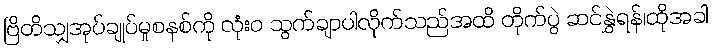
ဗြိတိသျှအုပ်ချုပ်မှုစနစ်ကို လုံးဝ သွက်ချာပါလိုက်သည်အထိ တိုက်ပွဲ ဆင်နွှဲရန်၊ထိုအခါ